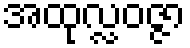
အထုလ္လဝဇ္ဇာ